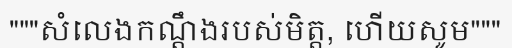
"""សំលេងកណ្តឹងរបស់មិត្ត, ហើយសូម"""